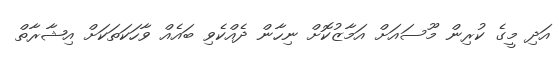
އަދި މީގެ ކުރިން މޫސައަށް އަމާޒުކޮށް ނިހާން ދެއްކެވި ބައެއް ވާހަކަތަކަށް އިޝާރާތް